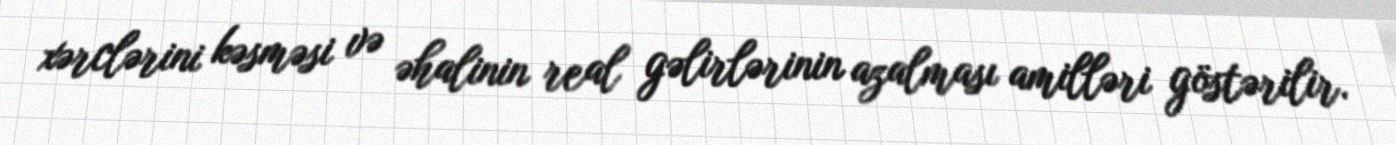
xərclərini kəsməsi və əhalinin real gəlirlərinin azalması amilləri göstərilir.